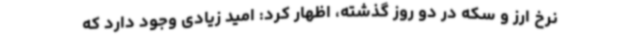
نرخ ارز و سکه در دو روز گذشته، اظهار کرد: امید زیادی وجود دارد که